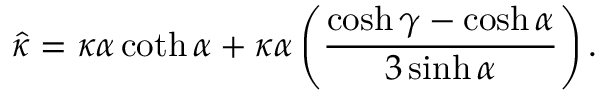
\hat { \kappa } = \kappa \alpha \coth \alpha + \kappa \alpha \left( \frac { \cosh \gamma - \cosh \alpha } { 3 \sinh \alpha } \right) .